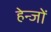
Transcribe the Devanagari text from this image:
हेन्जों